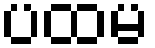
ပထမ